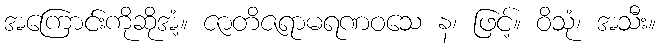
အကြောင်းကိုဆိုအံ့။ ဇာတိဇရာမရဏဝသေ န၊ ဖြင့်။ ဝိသုံ၊ အသီး။